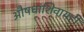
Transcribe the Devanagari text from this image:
औषधांशिवायही